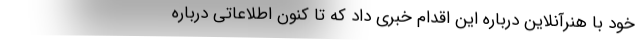
خود با هنرآنلاین درباره این اقدام خبری داد که تا کنون اطلاعاتی درباره